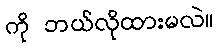
ကို ဘယ်လိုထားမလဲ။